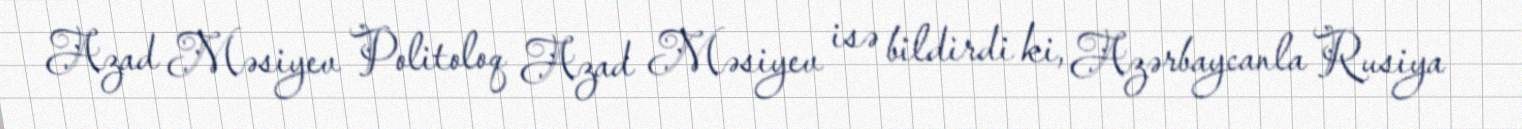
Azad Məsiyev Politoloq Azad Məsiyev isə bildirdi ki, Azərbaycanla Rusiya